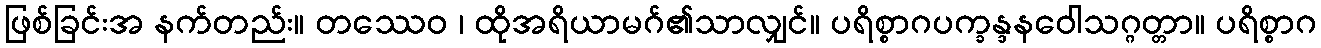
ဖြစ်ခြင်းအ နက်တည်း။ တဿေဝ ၊ ထိုအရိယာမဂ်၏သာလျှင်။ ပရိစ္စာဂပက္ခန္ဒနဝေါသဂ္ဂတ္တာ။ ပရိစ္စာဂ